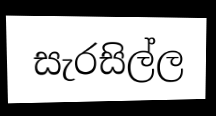
සැරසිල්ල